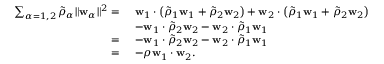
\begin{array} { r l } { \sum _ { \alpha = 1 , 2 } \tilde { \rho } _ { \alpha } \| \mathbf { w } _ { \alpha } \| ^ { 2 } = } & { ~ \mathbf { w } _ { 1 } \cdot \left( \tilde { \rho } _ { 1 } \mathbf { w } _ { 1 } + \tilde { \rho } _ { 2 } \mathbf { w } _ { 2 } \right) + \mathbf { w } _ { 2 } \cdot \left( \tilde { \rho } _ { 1 } \mathbf { w } _ { 1 } + \tilde { \rho } _ { 2 } \mathbf { w } _ { 2 } \right) } \\ & { ~ - \mathbf { w } _ { 1 } \cdot \tilde { \rho } _ { 2 } \mathbf { w } _ { 2 } - \mathbf { w } _ { 2 } \cdot \tilde { \rho } _ { 1 } \mathbf { w } _ { 1 } } \\ { = } & { ~ - \mathbf { w } _ { 1 } \cdot \tilde { \rho } _ { 2 } \mathbf { w } _ { 2 } - \mathbf { w } _ { 2 } \cdot \tilde { \rho } _ { 1 } \mathbf { w } _ { 1 } } \\ { = } & { ~ - \rho \mathbf { w } _ { 1 } \cdot \mathbf { w } _ { 2 } . } \end{array}